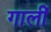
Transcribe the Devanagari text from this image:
गालीं